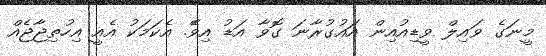
މީނަގެ ވައިލް ވީޑިއުއިން އައުގުރާނަ ގޮވާ އަޑު އިވެޭ. އެކަމަކު އެއީ އިހުތިޖާޖެއް